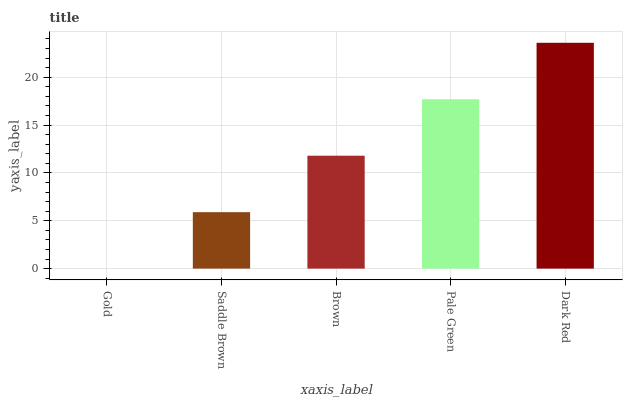
| xaxis_label | bars |
 | --- | --- |
 | Gold | 0 |
 | Saddle Brown | 5.9 |
 | Brown | 11.8 |
 | Pale Green | 17.7 |
 | Dark Red | 23.6 |